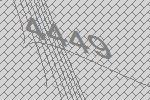
4449